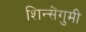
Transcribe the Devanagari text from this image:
शिन्सेंगुमी